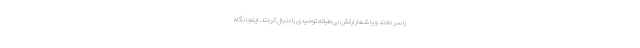
را سر دادند و یا شعار ارتش بی‌طبقه توحیدی را دنبال کردند. اینجا نگاه